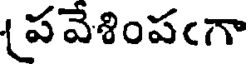
పవేశింపఁగా